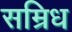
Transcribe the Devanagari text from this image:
सम्रिध